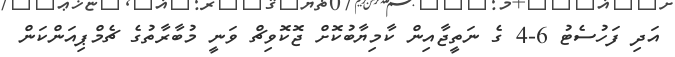
އަދި ފަހުސެޓު 6-4 ގެ ނަތީޖާއިން ކާމިޔާބުކޮށް ޖޮކޮވިޗް ވަނީ މުބާރާތުގެ ޗެމްޕިއަންކަން